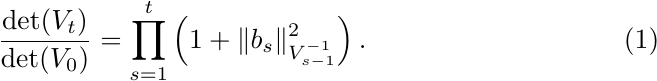
\begin{align}\label{eq:lem2proof}
    \frac{\det(V_t)}{\det(V_0)} = \prod_{s=1}^{t} \left(1 + \|b_s\|_{V_{s-1}^{-1}}^2\right).
\end{align}